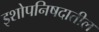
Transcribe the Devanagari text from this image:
इशोपनिषदातील